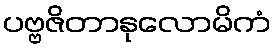
ပဗ္ဗဇိတာနုလောမိကံ